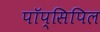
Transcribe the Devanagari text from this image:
पॉप्सिपिल